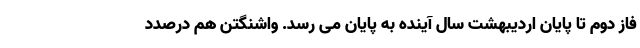
فاز دوم تا پایان اردیبهشت سال آینده به پایان می رسد. واشنگتن هم درصدد